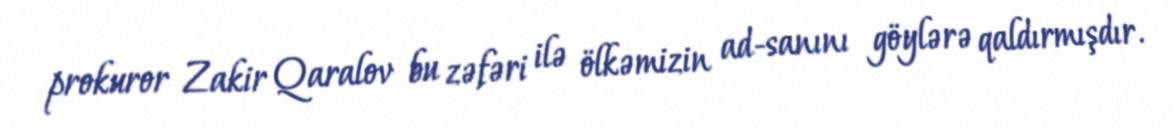
prokuror Zakir Qaralov bu zəfəri ilə ölkəmizin ad-sanını göylərə qaldırmışdır.